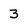
Character: 3